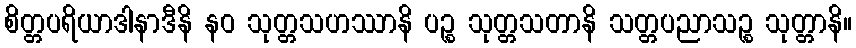
စိတ္တပရိယာဒါနာဒီနိ နဝ သုတ္တသဟဿာနိ ပဉ္စ သုတ္တသတာနိ သတ္တပညာသဉ္စ သုတ္တာနိ။